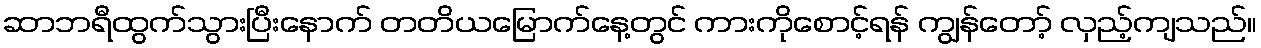
ဆာဘရီထွက်သွားပြီးနောက် တတိယမြောက်နေ့တွင် ကားကိုစောင့်ရန် ကျွန်တော့် လှည့်ကျသည်။